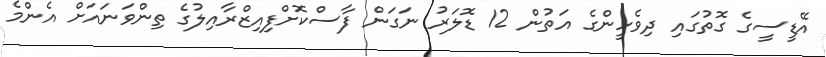
އޭޑީސީގެ ގޮތުގައި ދިވެހީންގެ އަތުން 12 ޑޮލަރު ނަގަން ފާސްކޮށްފިއިޒްރާއިލުގެ ތިންވަނައަށް އެންމެ